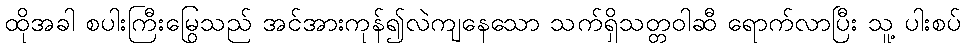
ထိုအခါ စပါးကြီးမြွေသည် အင်အားကုန်၍လဲကျနေသော သက်ရှိသတ္တဝါဆီ ရောက်လာပြီး သူ့ ပါးစပ်